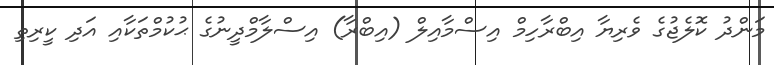
މަންދު ކޮލެޖުގެ ވެރިޔާ އިބްރާހިމް އިސްމާއިލް (އިބްރާ) އިސްލާމްދީނުގެ ޙުކުމްތަކާއި އަދި ކީރިތި